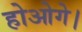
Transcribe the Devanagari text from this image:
होओगे।